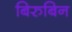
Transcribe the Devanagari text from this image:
बिरुबिन